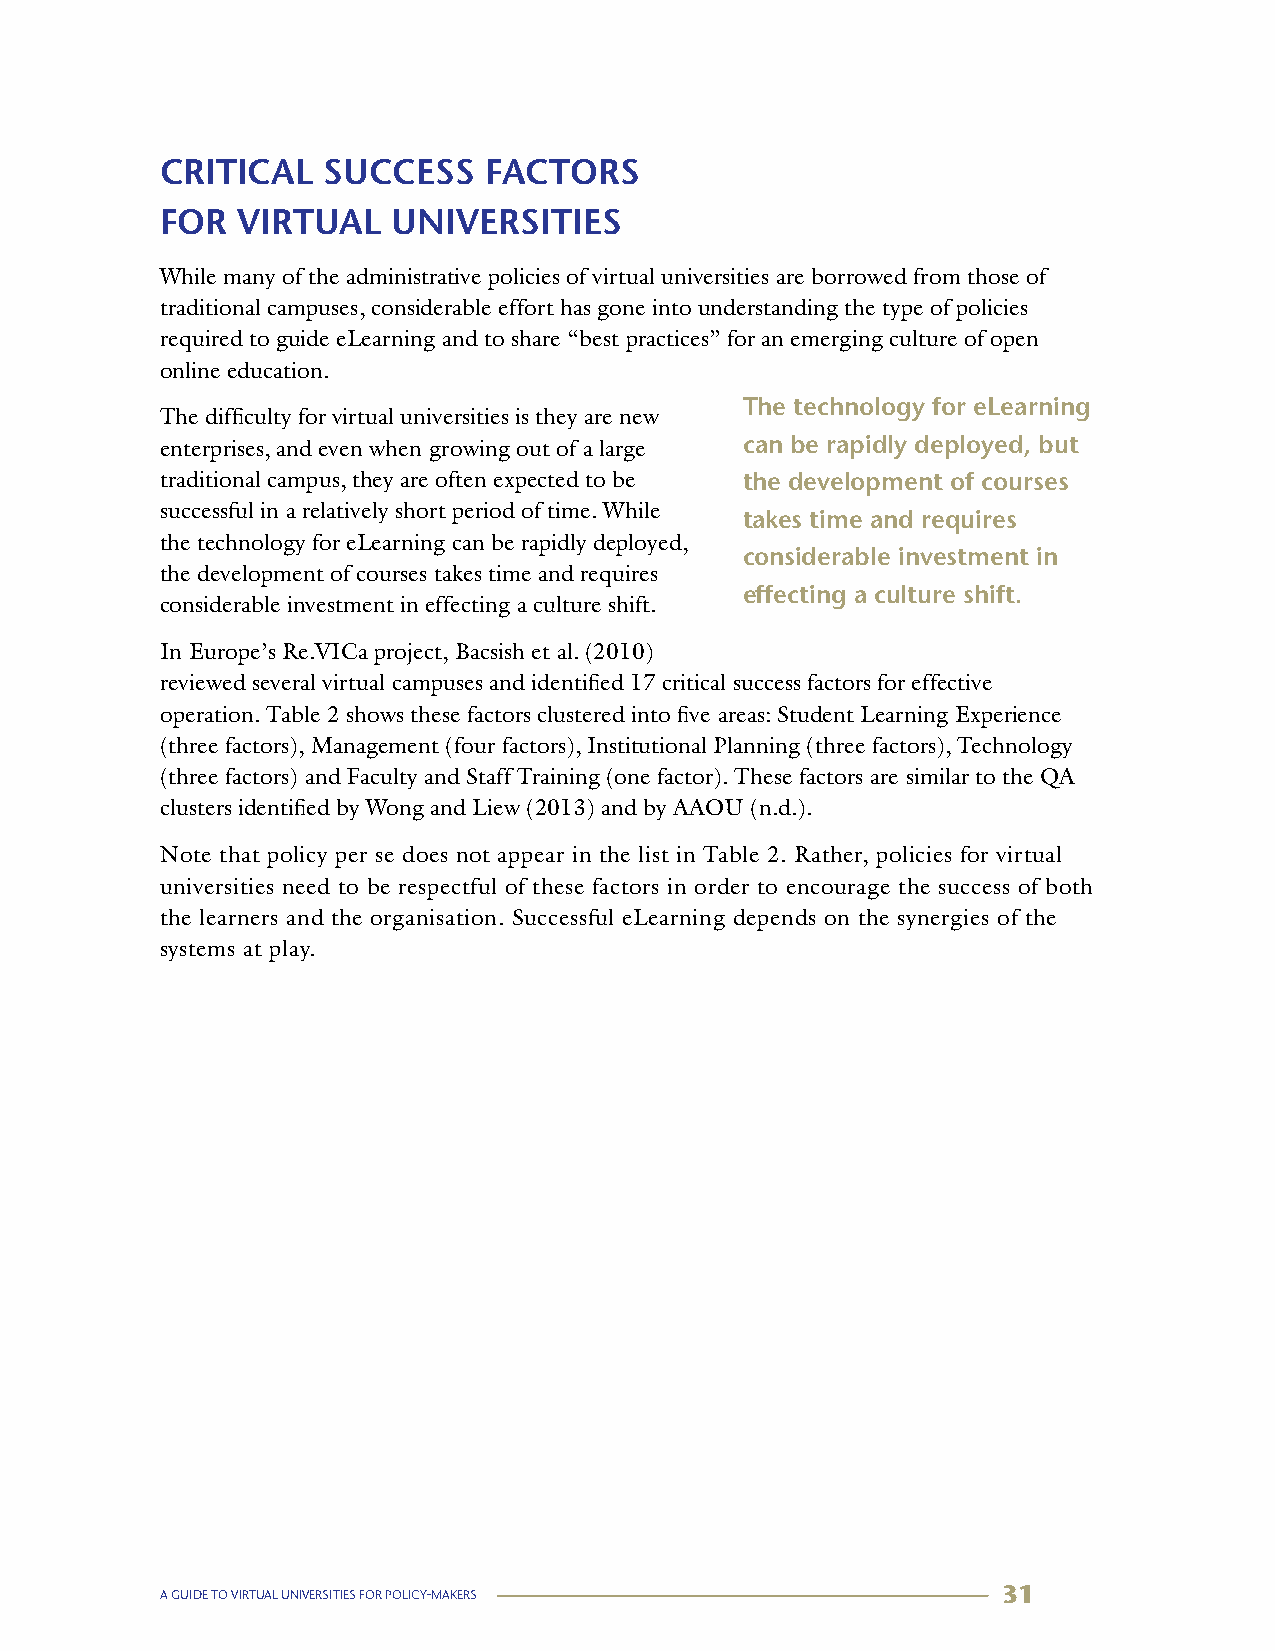
CRITICAL  SUCCESS    FACTORS
 FOR  VIRTUAL   UNIVERSITIES
 While many of the administrative policies of virtual universities are borrowed from those of
 traditional campuses, considerable effort has gone into understanding the type of policies
 required to guide eLearning and to share “best practices” for an emerging culture of open
 online education.
 The technology for eLearning
 The difficulty for virtual universities is they are new
 enterprises, and even when growing out of a large can be rapidly deployed, but
 traditional campus, they are often expected to be the development of courses
 successful in a relatively short period of time. While
 takes time and requires
 the technology for eLearning can be rapidly deployed,
 considerable investment in
 the development of courses takes time and requires
 effecting a culture shift.
 considerable investment in effecting a culture shift.
 In Europe’s Re.VICa project, Bacsish et al. (2010)
 reviewed several virtual campuses and identified 17 critical success factors for effective
 operation. Table 2 shows these factors clustered into five areas: Student Learning Experience
 (three factors), Management (four factors), Institutional Planning (three factors), Technology
 (three factors) and Faculty and Staff Training (one factor). These factors are similar to the QA
 clusters identified by Wong and Liew (2013) and by AAOU (n.d.).
 Note that policy per se does not appear in the list in Table 2. Rather, policies for virtual
 universities need to be respectful of these factors in order to encourage the success of both
 the learners and the organisation. Successful eLearning depends on the synergies of the
 systems at play.
 A GUIDE TO VIRTUAL UNIVERSITIES FOR POLICY-MAKERS      31